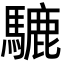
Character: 騼